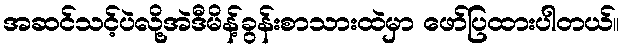
အဆင်သင့်ပဲလို့အဲဒီမိန့်ခွန်းစာသားထဲမှာ ဖော်ပြထားပါတယ်။